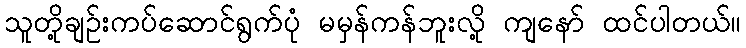
သူတို့ချဉ်းကပ်ဆောင်ရွက်ပုံ မမှန်ကန်ဘူးလို့ ကျနော် ထင်ပါတယ်။